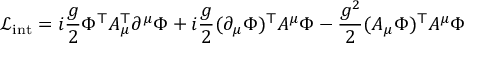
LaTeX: \ { \mathcal { L } } _ { \mathrm { i n t } } = i { \frac { g } { 2 } } \Phi ^ { \mathsf { T } } A _ { \mu } ^ { \mathsf { T } } \partial ^ { \mu } \Phi + i { \frac { g } { 2 } } ( \partial _ { \mu } \Phi ) ^ { \mathsf { T } } A ^ { \mu } \Phi - { \frac { g ^ { 2 } } { 2 } } ( A _ { \mu } \Phi ) ^ { \mathsf { T } } A ^ { \mu } \Phi